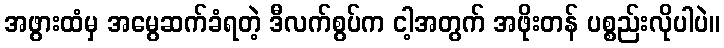
အဖွားထံမှ အမွေဆက်ခံရတဲ့ ဒီလက်စွပ်က ငါ့အတွက် အဖိုးတန် ပစ္စည်းလိုပါပဲ။